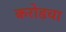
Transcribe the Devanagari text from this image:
करोडचा